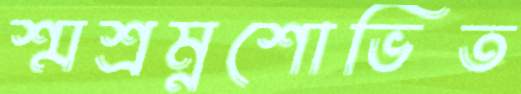
শ্মশ্রম্নশোভিত